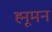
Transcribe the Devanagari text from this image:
ह्मूमन